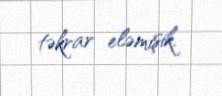
təkrar eləmişik.